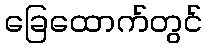
ခြေထောက်တွင်